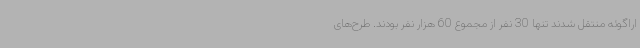
اراگوئه منتقل شدند تنها 30 نفر از مجموع 60 هزار نفر بودند. طرح‌های